Civil Veterinary Dept. North-West Frontier Province 1923-32 - 1923-1932
Year: 1923
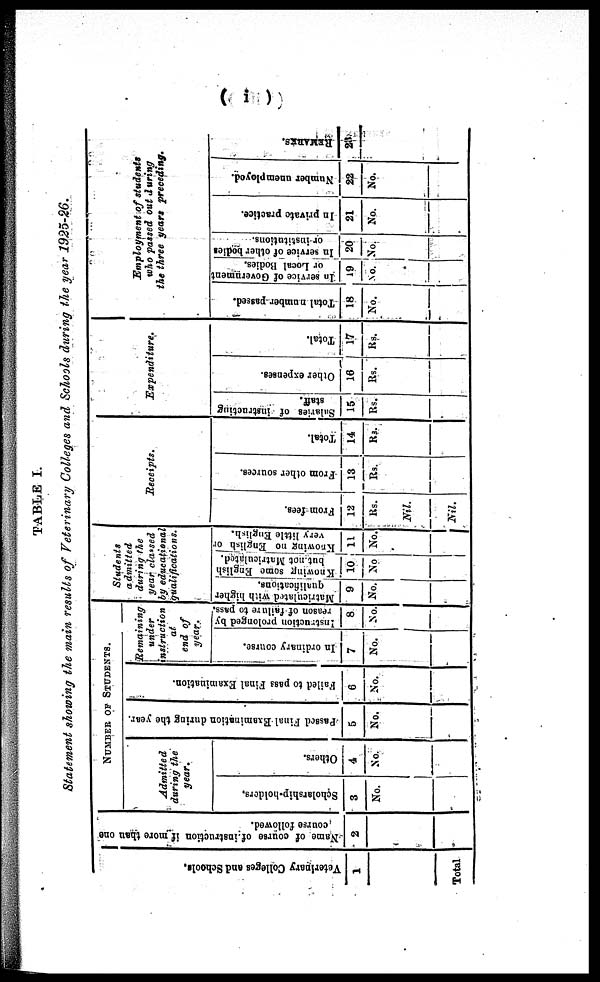
(i)
TABLE I.
Statement showing the main results of Veterinary Colleges and Schools during the year 1925-26.
Veterinary Colleges and Schools.
1
Total
Name of course of instruction if more than one
course followed.
2
NUMBER OF STUDENTS.
Admitted
during the
year.
Scholarship-holders.
3
No.
Others.
4
No.
Passed Final Examination during the year.
5
No.
Failed to pass Final Examination.
6
No.
Remaining
under
instruction
at
end of
year.
In ordinary course.
7
No.
Instruction prolonged by
reason
of failure to pass.
8
No.
Students
admitted
during the
year classed
by educational
qualifications.
Matriculated with higher
qualifications.
9
No.
Knowing some English
but not Matriculated.
10
No
Knowing no English or
very little English.
11
No.
Receipts.
From fees.
12
Rs.
Nil.
Nil.
From other sources.
13
Rs.
Total.
14
Ra.
Expenditure.
Salaries of instructing
staff.
15
Rs.
Other expenses.
16
Rs.
Total.
17
Rs.
Employment of students
who passed out during
the three years preceding.
Total number-passed.
18
No.
In service of Government
or Local Bodies.
19
NO.
In service of other bodies
or institutions.
20
No.
In private practice.
21
No.
Number unemployed.
22
No.
REMARKS.
23